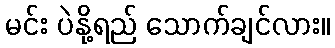
မင်း ပဲနို့ရည် သောက်ချင်လား။